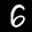
Label: 6